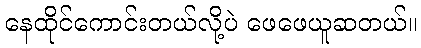
နေထိုင်ကောင်းတယ်လို့ပဲ ဖေဖေယူဆတယ်။